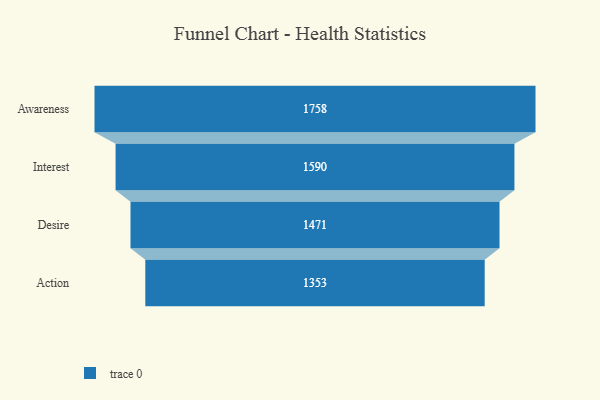
{"axis": {"x": "Stage", "y": "Value"}, "legend": [""], "data": [{"x": "Awareness", "y": 1758.0, "type": ""}, {"x": "Interest", "y": 1590.0, "type": ""}, {"x": "Desire", "y": 1471.0, "type": ""}, {"x": "Action", "y": 1353.0, "type": ""}]}